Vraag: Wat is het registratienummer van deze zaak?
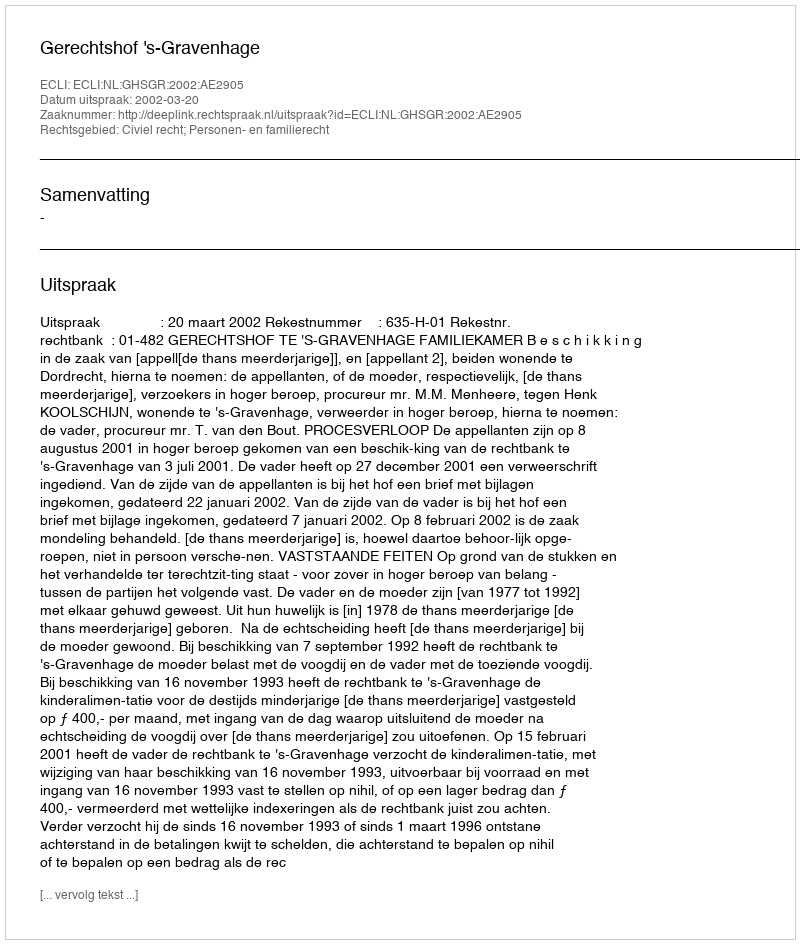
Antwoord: http://deeplink.rechtspraak.nl/uitspraak?id=ECLI:NL:GHSGR:2002:AE2905